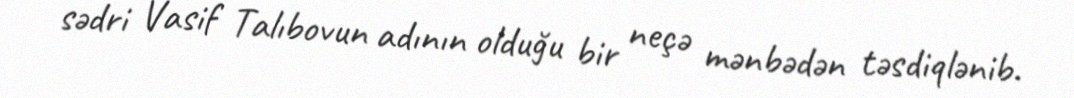
sədri Vasif Talıbovun adının olduğu bir neçə mənbədən təsdiqlənib.